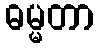
ဓမ္မတာ